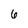
Character: 6